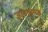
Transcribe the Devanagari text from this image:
ज्ञानखण्ड